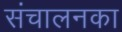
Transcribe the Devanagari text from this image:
संचालनका